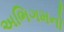
અભિગમનો